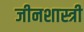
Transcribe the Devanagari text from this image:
जीनशास्त्री